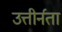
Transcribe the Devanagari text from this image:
उत्तीर्नता